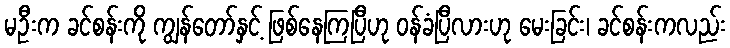
မဦးက ခင်စန်းကို ကျွန်တော်နှင့် ဖြစ်နေကြပြီဟု ဝန်ခံပြီလားဟု မေးခြင်း၊ ခင်စန်းကလည်း